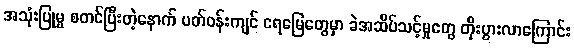
အသုံးပြုမှု စတင်ပြီးတဲ့နောက် ပတ်ဝန်းကျင် ရေမြေတွေမှာ ခဲအဆိပ်သင့်မှုတွေ တိုးပွားလာကြောင်း